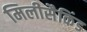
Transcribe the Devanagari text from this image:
मिलीसैकिंड